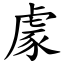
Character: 豦